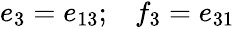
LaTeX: \begin{array}{ll}{{e_{3}=e_{13};}}&{{f_{3}=e_{31}}}\end{array}